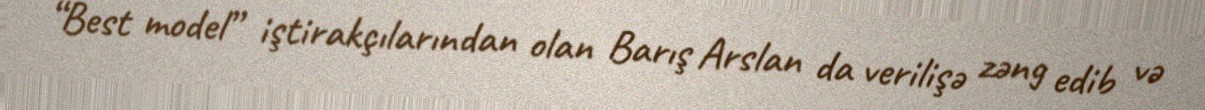
“Best model” iştirakçılarından olan Barış Arslan da verilişə zəng edib və